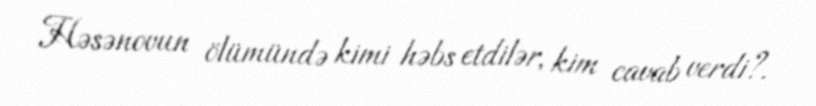
Həsənovun ölümündə kimi həbs etdilər, kim cavab verdi?.